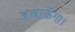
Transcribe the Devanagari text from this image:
बचाऊँगा।